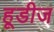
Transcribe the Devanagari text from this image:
हूडीज